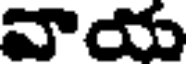
వాయ